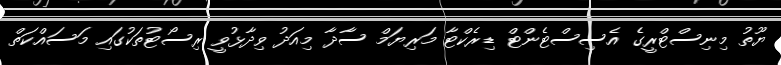
ޔޫތު މިނިސްޓްރީގެ އެސިސްޓެންޓް ޑިރެކްޓާ މަރިޔަމް ސާދާ މިއަދު ވިދާޅުވީ ރިސޯޓުތަކުގައި މަސައްކަތް